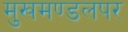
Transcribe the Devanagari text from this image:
मुखमण्डलपर